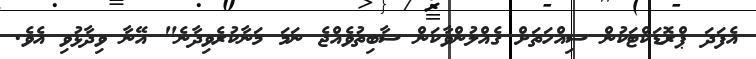
އެފަދަ ޕްރޮޑަކްޓަކުން ސިއްހަތަށް ގެއްލުންވާކަން ސާބިތުވެއްޖެ ނަމަ މަނާކުރެވިދާނެ" އޭނާ ވިދާޅުވި އެވެ.